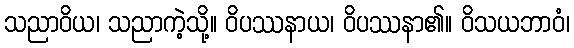
သညာဝိယ၊ သညာကဲ့သို့။ ဝိပဿနာယ၊ ဝိပဿနာ၏။ ဝိသယဘာဝံ၊